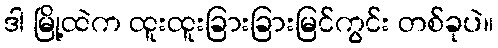
ဒါ မြို့ထဲက ထူးထူးခြားခြားမြင်ကွင်း တစ်ခုပဲ။